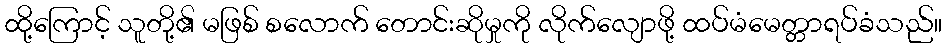
ထို့ကြောင့် သူတို့၏ မဖြစ် စလောက် တောင်းဆိုမှုကို လိုက်လျောဖို့ ထပ်မံမေတ္တာရပ်ခံသည်။